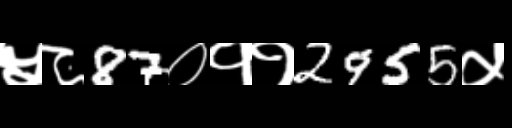
Text: ५८87०११2955५